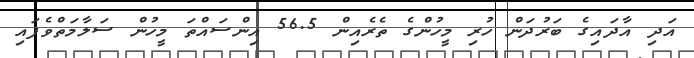
އަދި އާދައިގެ ބަރުދަން ހުރި މީހުންގެ ތެރެއިން 56.5 އިންސައްތަ މީހުން ސަލާމަތްވެފައި